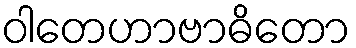
ဝါတေဟာဗာဓိတော